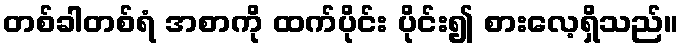
တစ်ခါတစ်ရံ အစာကို ထက်ပိုင်း ပိုင်း၍ စားလေ့ရှိသည်။